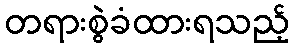
တရားစွဲခံထားရသည့်